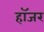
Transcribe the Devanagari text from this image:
हॉजर